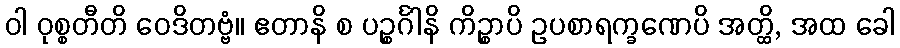
ဝါ ဝုစ္စတီတိ ဝေဒိတဗ္ဗံ။ ဧတာနိ စ ပဉ္စင်္ဂါနိ ကိဉ္စာပိ ဥပစာရက္ခဏေပိ အတ္ထိ, အထ ခေါ